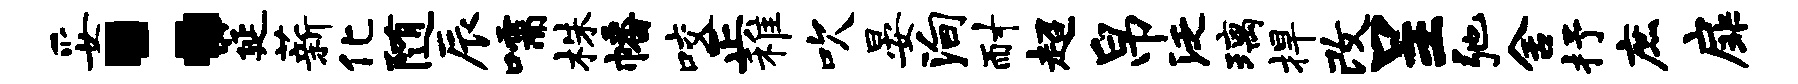
妥：筵薪化随辰嚅株幡咬正稚吹晏殉耐超帛泛璃捍改呈弛舍抒庶扉